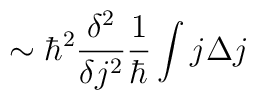
\sim \hbar ^{2}\frac{\delta ^{2}}{\delta j^{2}}\frac{1}{\hbar }\int j\Delta j